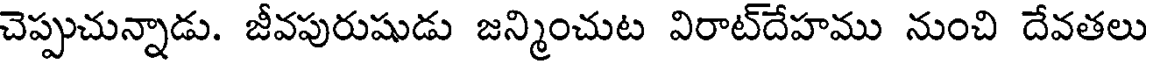
చెప్పుచున్నాడు. జీవపురుషుడు జన్మించుట విరాట్దేహము నుంచి దేవతలు